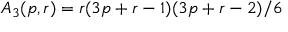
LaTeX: A _ { 3 } ( p , r ) = r ( 3 p + r - 1 ) ( 3 p + r - 2 ) / 6